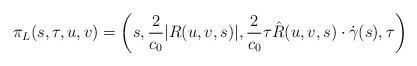
LaTeX: \begin{align*} \pi_L(s, \tau, u, v) = \left( s, \frac{2}{c_0}|R(u,v,s)|, \frac{2}{c_0}\tau \hat{R}(u, v, s) \cdot \dot{\gamma}(s), \tau \right)\end{align*}